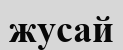
жусай